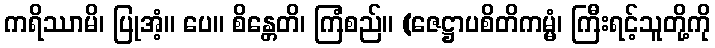
ကရိဿာမိ၊ ပြုအံ့။ ပေ။ စိန္တေတိ၊ ကြံစည်။ (ဇေဋ္ဌာပစိတိကမ္မံ၊ ကြီးရင့်သူတို့ကို